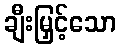
ချီးမြှင့်သော